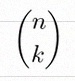
\binom{n}{k}